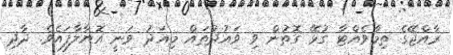
ރާއްޖޭގެ ތިމާވެއްޓާ ގުޅޭ ގޮތުން ވި ވައުދުތައް މިއަދު ވަނީ އޮޔާލާފައެވެ. ދާދި